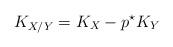
LaTeX: \begin{align*}K_{X/Y}= K_X- p^\star K_Y\end{align*}